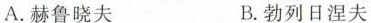
A.赫鲁晓夫 B.勃列日涅夫